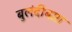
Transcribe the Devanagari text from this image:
बुलंदीबाग़